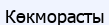
Көкморасты